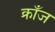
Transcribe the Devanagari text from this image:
क्राँज